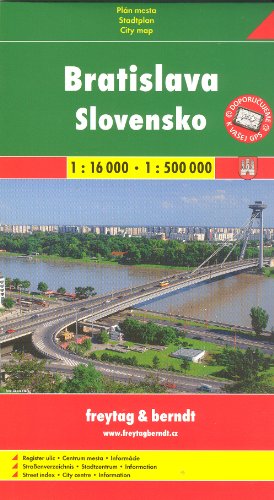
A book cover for Slovakia 1:500,000 Travel Map & Bratislava 1:16,000 Street Plan FREYTAG; Freytag; Travel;